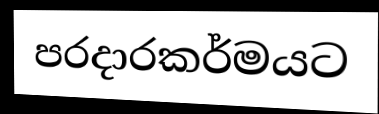
පරදාරකර්මයට